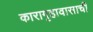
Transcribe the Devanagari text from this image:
कारागृहावासाची